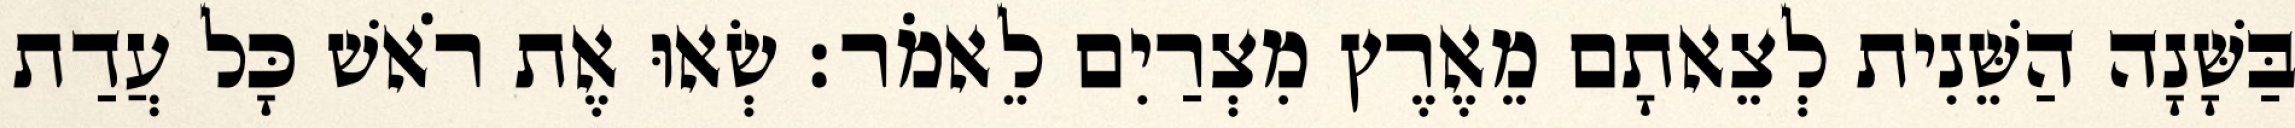
בַּשָּׁנָה הַשֵּׁנִית לְצֵאתָם מֵאֶרֶץ מִצְרַיִם לֵאמֹר׃ שְׂאוּ אֶת רֹאשׁ כָּל עֲדַת